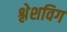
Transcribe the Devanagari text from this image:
श्लेशविग